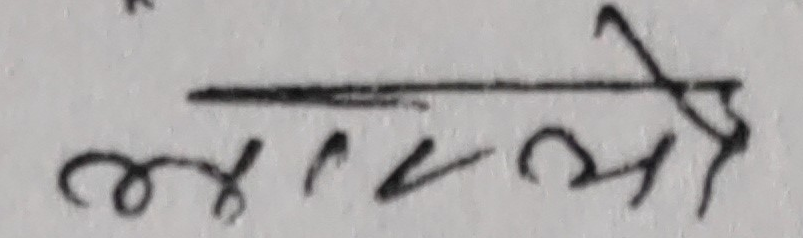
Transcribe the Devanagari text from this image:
उसले नै